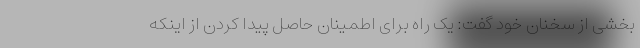
بخشی از سخنان خود گفت: یک راه برای اطمینان حاصل پیدا کردن از اینکه